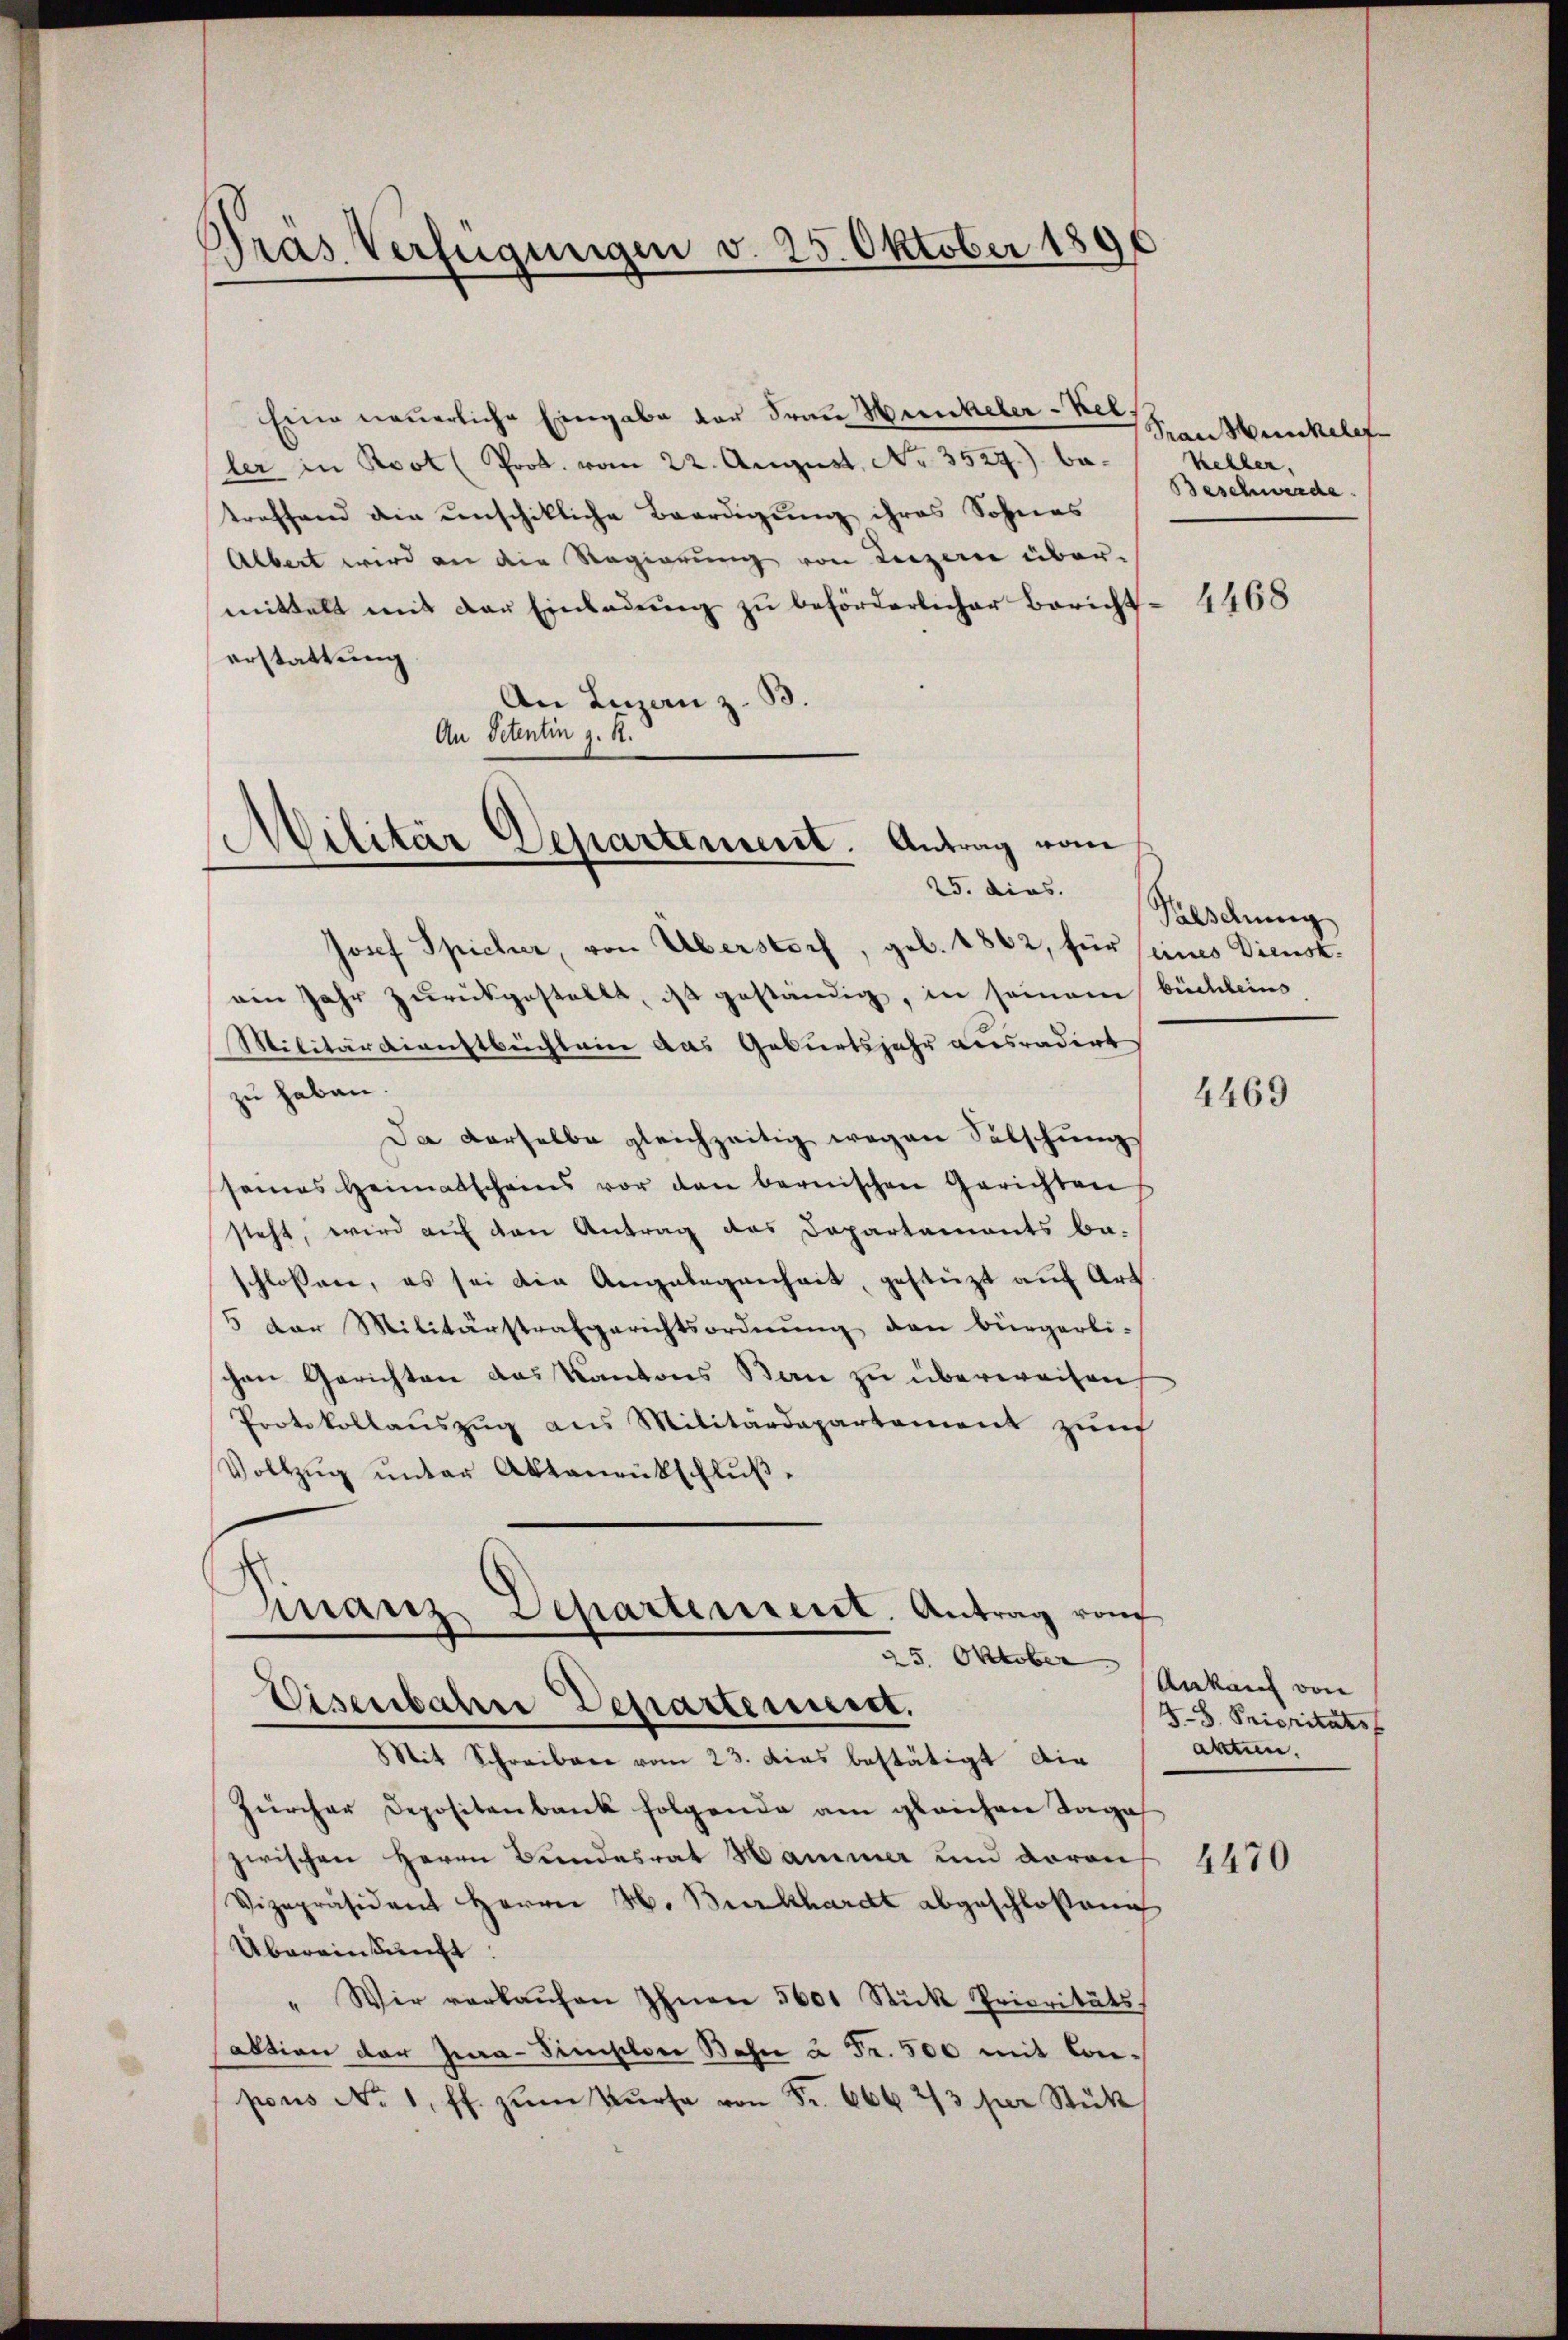
s
Gras Verfügungen v. 25. Oktober 1890

Eine neuerliche Eingabe der Frau Hunkeler-Kel
ler in Boot (Prot. vom 22. August, No. 3527.) betreffend die unschikliche Beerdigung ihres Sohnes
Albert wird an die Regierung von Luzern über-
mittelt mit der Einladung zu beförderlicher Berichterstattung
An Leizan z. B.
An Petentin z. R.
Josef Spicher, von Überstorf, geb. 1862, für seines Dienstain Jahr zurückgestellt, ist geständig, in seinem büchleins
Militärdienstbuchlein das Geburtsjahr ausradirt
zu haben.
Da derselbe gleichzeitig wegen Sälschung
seines Heimatscheins vor den bernischen Gerichten
steht, wird auf den Antrag des Departements be-
schlossen, es sei die Angelegenheit, gestüzt auf Art.
5 der Militärstrafgerichtsordnŭng den bürgerli-
chen Gerichten das Kantons Bern zu überweisen.
Protokollaŭszŭg ans Militärdepartement zŭm
Vollzŭg ŭnter Aktanentschlŭβ-
Finanz Departement. Antrag vom
25. Oktober Ankauf von
Eisenbahre Departeme.
Mit Schreiben vom 23. das bestätigt die
Zürcher Depositenbank folgende am gleichen Tages
zwischen Herrn Bundesrat Hammer und davon
Vizepräsident Herrn H. Burkhardt abgeschlosseng
Übereinkunft:
" Wir verkaŭfen Ihnen 5601 Stück Prioritäts
aktion der Jura-Simpler Bahn u Fr. 500 mit Conpons No 1. ff. zŭm Bŭrsa von Fr. 666 2/3 per Stück

Militär Departement. Antrag vom
25. dies.

Prausbunkelef
kehler,
Beschwerde.

4468

Palschung

4469

8.8. Prioritäts
akten.

4470